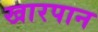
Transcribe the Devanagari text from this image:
खारपान